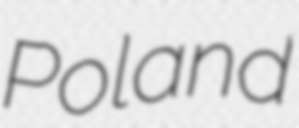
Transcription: Poland